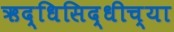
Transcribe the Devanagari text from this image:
ऋद्धिसिद्धीच्या